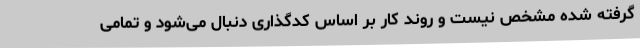
گرفته شده مشخص نیست و روند کار بر اساس کدگذاری دنبال می‌شود و تمامی